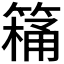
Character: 𮅸